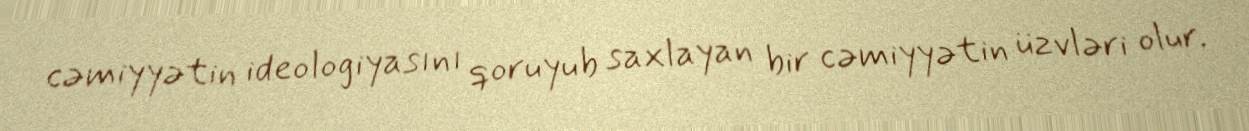
cəmiyyətin ideologiyasını qoruyub saxlayan bir cəmiyyətin üzvləri olur.